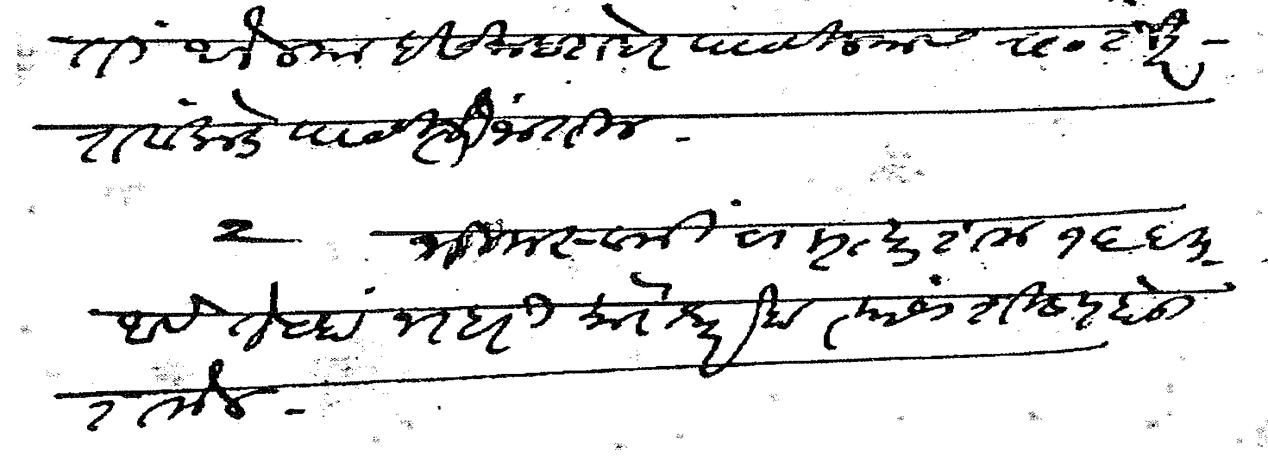
Transliteration (Devanagari): ती आलेल्या इसमाबरोबर पाठविल्यास रा शंकर रावांकडे पाठविली जातील २ भीमस्वामीचा मृत्यूशक १६६३ आहे तेव्हा नरहरी मोरेश्वर हा त्यांचा शिष्य होऊ शकेल